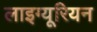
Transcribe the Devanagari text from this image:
लाइग्यूरियन